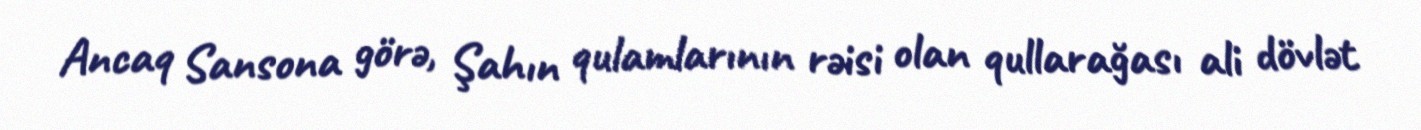
Ancaq Sansona görə, Şahın qulamlarının rəisi olan qullarağası ali dövlət